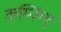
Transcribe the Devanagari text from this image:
क्रम्पिंग्ग्